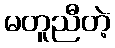
မတူညီတဲ့